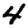
Digit: 4